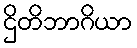
ဌိတိဘာဂိယာ